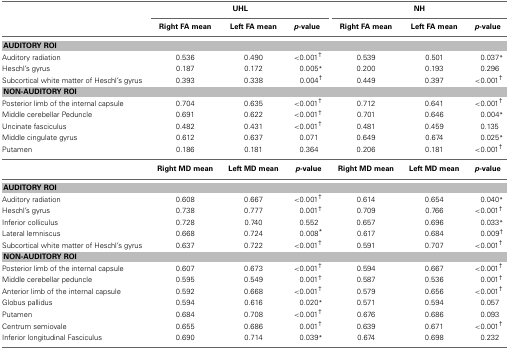
<table><thead><tr><td></td><td colspan="3"><b>UHL</b></td><td colspan="3"><b>NH</b></td></tr><tr><td></td><td><b>Right FA mean</b></td><td><b>Left FA mean</b></td><td><b><i>p</i>-value</b></td><td><b>Right FA mean</b></td><td><b>Left FA mean</b></td><td><b><i>p</i>-value</b></td></tr></thead><tbody><tr><td colspan="7"><b>AUDITORY ROI</b></td></tr><tr><td>Auditory radiation</td><td>0.536</td><td>0.490</td><td>&lt;0.001<sup>†</sup></td><td>0.539</td><td>0.501</td><td>0.037<sup>*</sup></td></tr><tr><td>Heschl&#x27;s gyrus</td><td>0.187</td><td>0.172</td><td>0.005<sup>*</sup></td><td>0.200</td><td>0.193</td><td>0.296</td></tr><tr><td>Subcortical white matter of Heschl&#x27;s gyrus</td><td>0.393</td><td>0.338</td><td>0.004<sup>†</sup></td><td>0.449</td><td>0.397</td><td>&lt;0.001<sup>†</sup></td></tr><tr><td colspan="7"><b>NON-AUDITORY ROI</b></td></tr><tr><td>Posterior limb of the internal capsule</td><td>0.704</td><td>0.635</td><td>&lt;0.001<sup>†</sup></td><td>0.712</td><td>0.641</td><td>&lt;0.001<sup>†</sup></td></tr><tr><td>Middle cerebellar Peduncle</td><td>0.691</td><td>0.622</td><td>&lt;0.001<sup>†</sup></td><td>0.701</td><td>0.646</td><td>0.004<sup>*</sup></td></tr><tr><td>Uncinate fasciculus</td><td>0.482</td><td>0.431</td><td>&lt;0.001<sup>†</sup></td><td>0.481</td><td>0.459</td><td>0.135</td></tr><tr><td>Middle cingulate gyrus</td><td>0.612</td><td>0.637</td><td>0.071</td><td>0.649</td><td>0.674</td><td>0.025<sup>*</sup></td></tr><tr><td>Putamen</td><td>0.186</td><td>0.181</td><td>0.364</td><td>0.206</td><td>0.181</td><td>&lt;0.001<sup>†</sup></td></tr><tr><td></td><td><b>Right MD mean</b></td><td><b>Left MD mean</b></td><td><b><i>p</i>-value</b></td><td><b>Right MD mean</b></td><td><b>Left MD mean</b></td><td><b><i>p</i>-value</b></td></tr><tr><td colspan="7"><b>AUDITORY ROI</b></td></tr><tr><td>Auditory radiation</td><td>0.608</td><td>0.667</td><td>&lt;0.001<sup>†</sup></td><td>0.614</td><td>0.654</td><td>0.040<sup>*</sup></td></tr><tr><td>Heschl&#x27;s gyrus</td><td>0.738</td><td>0.777</td><td>0.001<sup>†</sup></td><td>0.709</td><td>0.766</td><td>&lt;0.001<sup>†</sup></td></tr><tr><td>Inferior colliculus</td><td>0.728</td><td>0.740</td><td>0.552</td><td>0.657</td><td>0.696</td><td>0.033<sup>*</sup></td></tr><tr><td>Lateral lemniscus</td><td>0.668</td><td>0.724</td><td>0.008<sup>*</sup></td><td>0.617</td><td>0.684</td><td>0.009<sup>†</sup></td></tr><tr><td>Subcortical white matter of Heschl&#x27;s gyrus</td><td>0.637</td><td>0.722</td><td>&lt;0.001<sup>†</sup></td><td>0.591</td><td>0.707</td><td>&lt;0.001<sup>†</sup></td></tr><tr><td colspan="7"><b>NON-AUDITORY ROI</b></td></tr><tr><td>Posterior limb of the internal capsule</td><td>0.607</td><td>0.673</td><td>&lt;0.001<sup>†</sup></td><td>0.594</td><td>0.667</td><td>&lt;0.001<sup>†</sup></td></tr><tr><td>Middle cerebellar peduncle</td><td>0.595</td><td>0.549</td><td>0.001<sup>†</sup></td><td>0.587</td><td>0.536</td><td>0.001<sup>†</sup></td></tr><tr><td>Anterior limb of the internal capsule</td><td>0.592</td><td>0.668</td><td>&lt;0.001<sup>†</sup></td><td>0.579</td><td>0.656</td><td>&lt;0.001<sup>†</sup></td></tr><tr><td>Globus pallidus</td><td>0.594</td><td>0.616</td><td>0.020<sup>*</sup></td><td>0.571</td><td>0.594</td><td>0.057</td></tr><tr><td>Putamen</td><td>0.684</td><td>0.708</td><td>&lt;0.001<sup>†</sup></td><td>0.676</td><td>0.686</td><td>0.093</td></tr><tr><td>Centrum semiovale</td><td>0.655</td><td>0.686</td><td>0.001<sup>†</sup></td><td>0.639</td><td>0.671</td><td>&lt;0.001<sup>†</sup></td></tr><tr><td>Inferior longitudinal Fasciculus</td><td>0.690</td><td>0.714</td><td>0.039<sup>*</sup></td><td>0.674</td><td>0.698</td><td>0.232</td></tr></tbody></table>